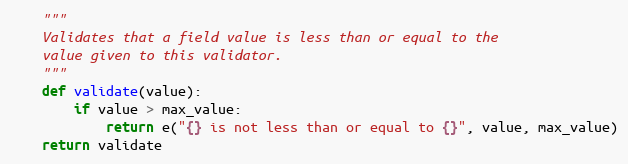
Language: Python
    """
    Validates that a field value is less than or equal to the
    value given to this validator.
    """
    def validate(value):
        if value > max_value:
            return e("{} is not less than or equal to {}", value, max_value)
    return validate